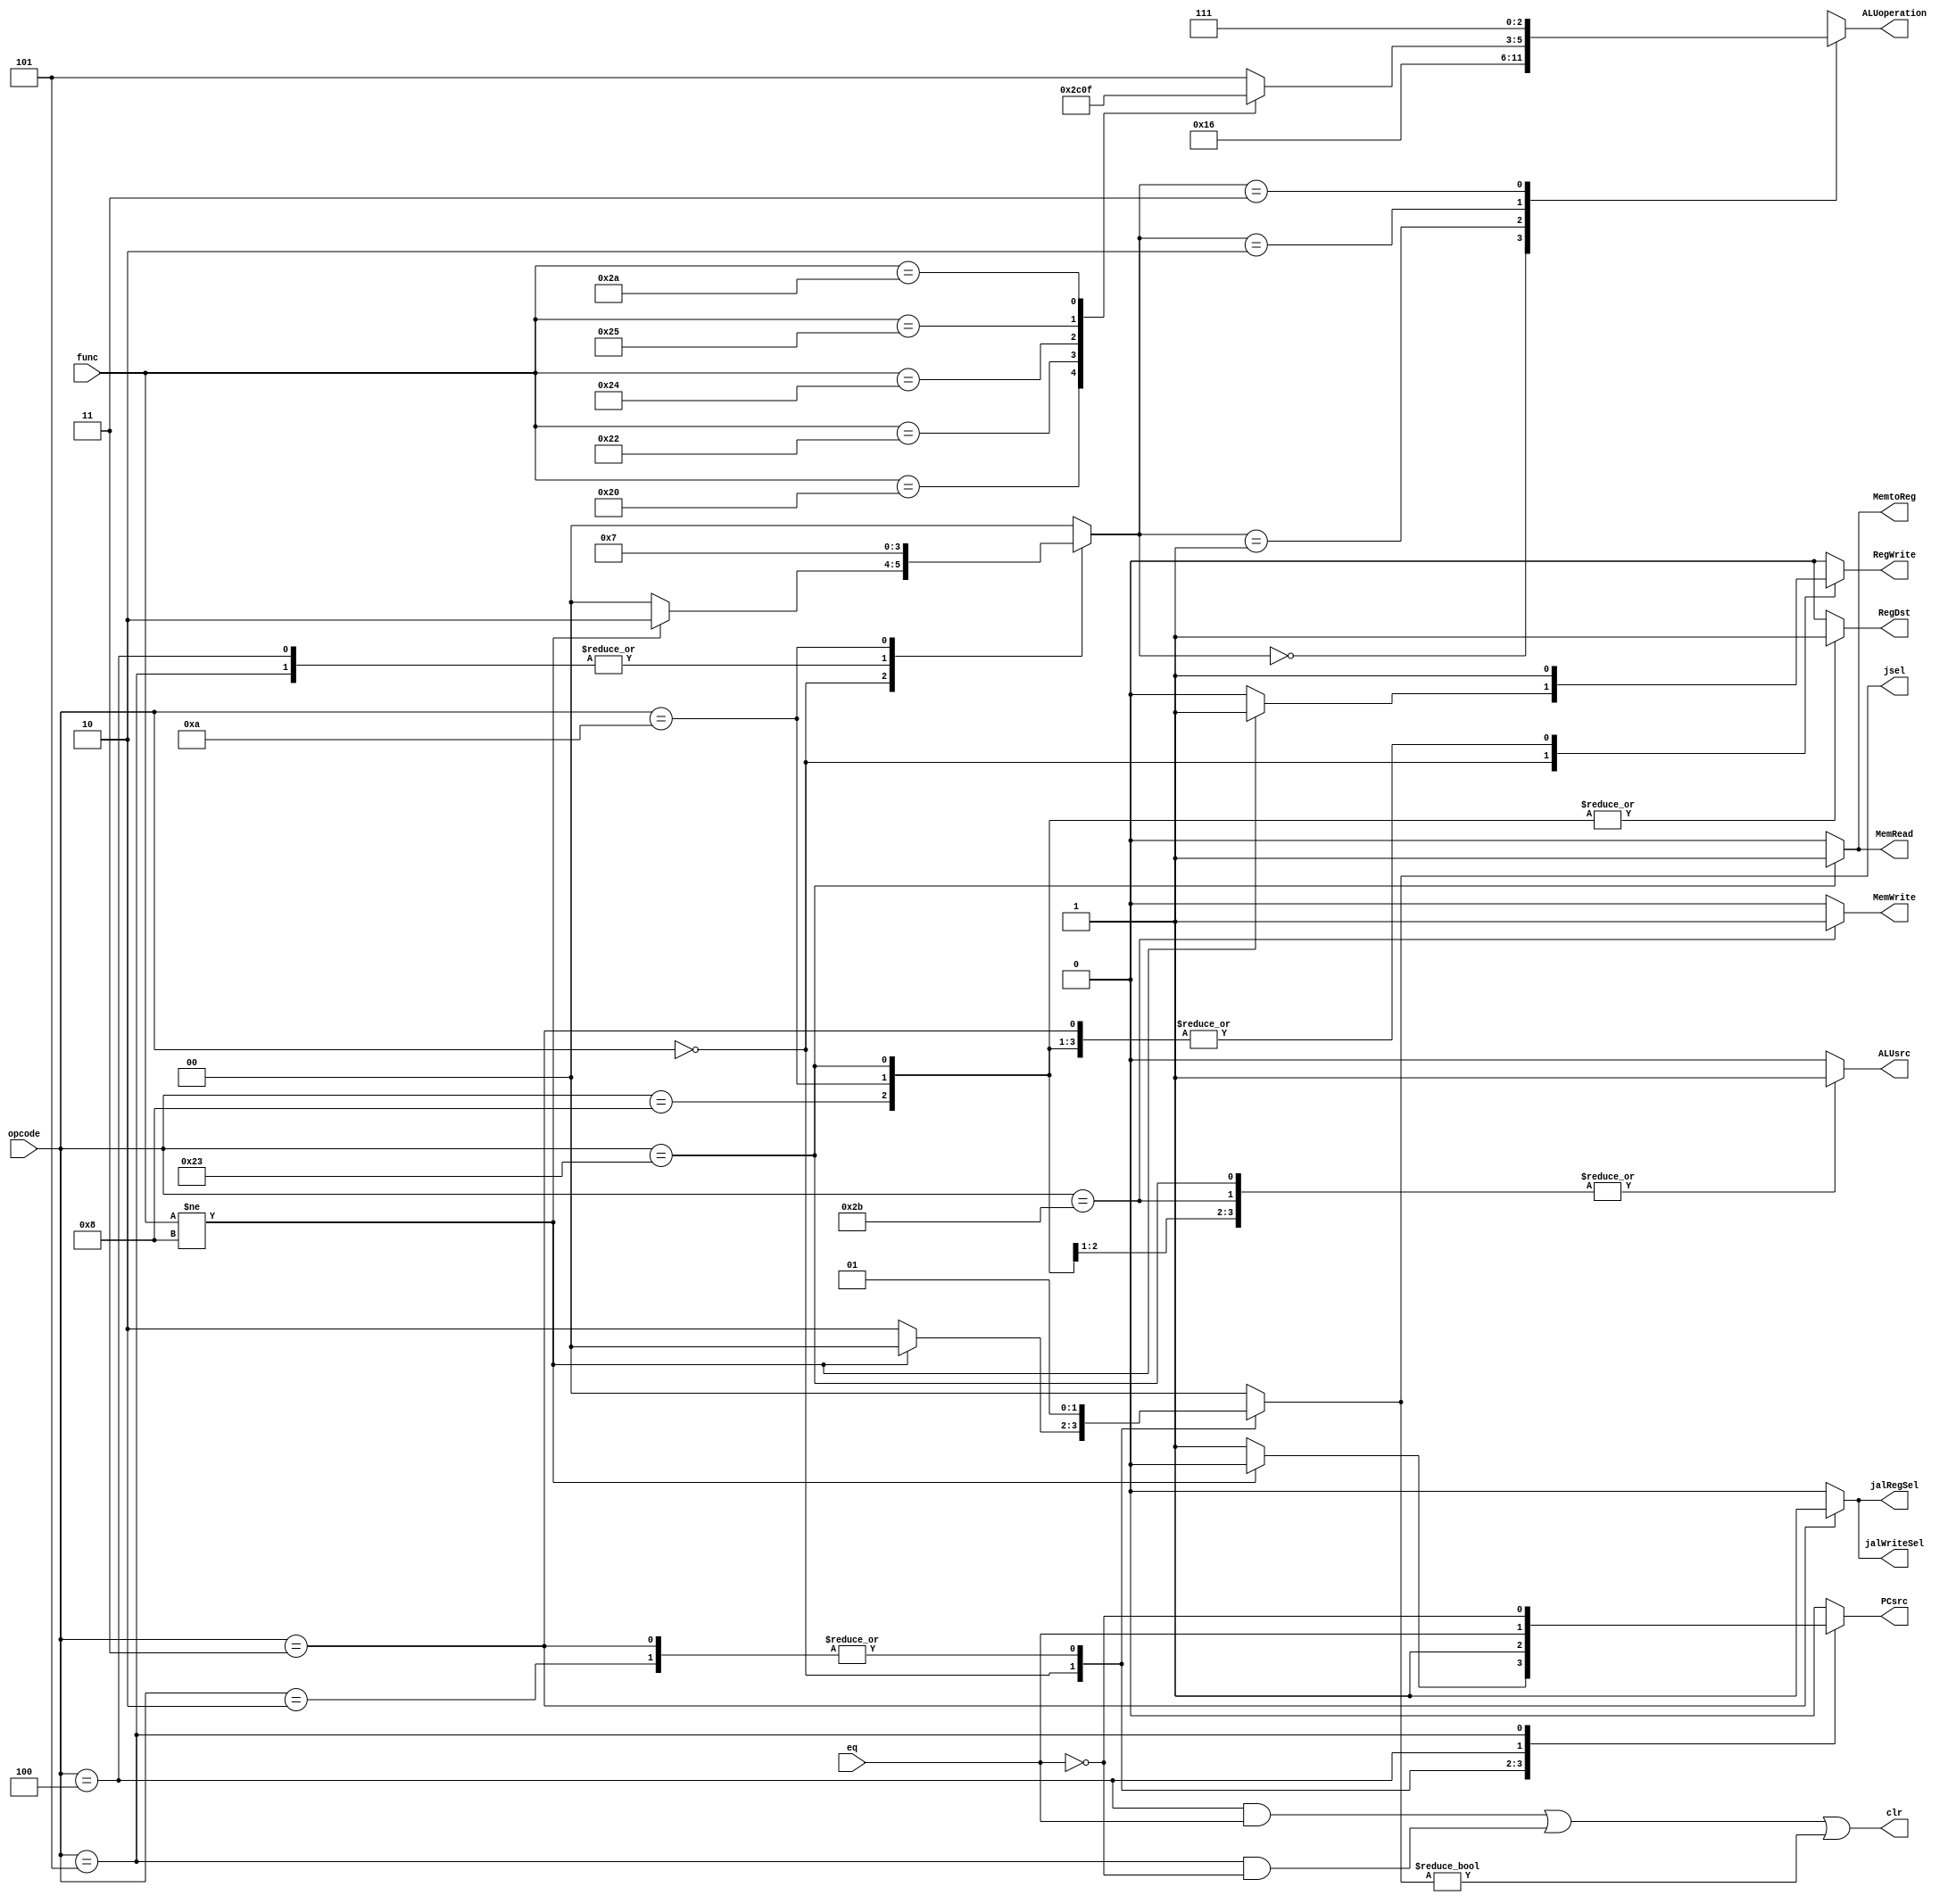
`timescale 1ns/1ns
module Controller(opcode, func, eq, RegDst, ALUsrc, MemWrite, MemRead, MemtoReg, RegWrite, jsel, PCsrc, clr, jalRegSel,jalWriteSel, ALUoperation);
  input[5:0] opcode, func;
  input eq;
  output RegDst,ALUsrc,MemWrite,MemRead,MemtoReg,RegWrite;
  reg RegDst,ALUsrc,MemWrite,MemRead,MemtoReg,RegWrite;
  output[1:0] jsel;
  reg[1:0] jsel;
  output PCsrc;
  reg PCsrc;
  output clr;
  output jalRegSel, jalWriteSel;
  reg jalRegSel, jalWriteSel;
  output [2:0] ALUoperation;
  reg[2:0] ALUoperation;
  
  reg[1:0] ALUop;
  reg Branch;
  always @(opcode, func, eq)begin
    {RegDst, RegWrite, ALUsrc, MemtoReg, MemWrite, MemRead, Branch, jalRegSel, jalWriteSel, jsel, PCsrc, ALUop} = 15'd0;
    case(opcode)
      6'b000000: begin
        if(func != 6'b001000)begin
          RegWrite = 1'b1;
          ALUop = 2'b10;
        end
        else begin
        jsel = 2'b10;
        PCsrc = 1'b1;
        end
      end
      6'b100011: begin//lw
        {ALUsrc, RegDst, MemRead, MemtoReg, RegWrite} = 5'b11111;
      end
      6'b101011: begin//sw
       {ALUsrc, MemWrite} = 2'b11;
      end
      6'b000010: begin//j
        jsel = 2'b01;
        PCsrc = 1'b1;
      end
      6'b000011: begin//jal
        {RegWrite, jalRegSel, jalWriteSel, PCsrc} = 4'b1111;
        jsel = 2'b01;
      end
      6'b000100: begin//beq
        Branch = 1'b1;
        ALUop = 2'b01;
        PCsrc = eq;
      end
      6'b000101: begin//bne
        Branch = 1'b1;
        ALUop = 2'b01;
        PCsrc = ~eq;
      end
      6'b001000: begin//addi
       {ALUsrc, RegDst, RegWrite} = 3'b111;
      end
      6'b001010: begin//slti
       {ALUsrc, RegDst, RegWrite} = 3'b111;
        ALUop = 2'b11;
      end
    endcase
  end
  
  always@(ALUop,func)begin
    ALUoperation = 3'b101;
    case (ALUop)
      2'b00: begin
        ALUoperation = 3'b010;
      end
      2'b01: begin
        ALUoperation = 3'b110;
      end
      2'b10: begin
        case(func)
        6'b100000: ALUoperation = 3'b010;
        6'b100010: ALUoperation = 3'b110;
        6'b100100: ALUoperation = 3'b000;
        6'b100101: ALUoperation = 3'b001;
        6'b101010: ALUoperation = 3'b111;
        endcase
      end 
      2'b11: begin
        ALUoperation = 3'b111;
      end 
    endcase
  end
  assign clr = ((opcode == 6'b000100) && (eq==1'b1)) || (opcode == 6'b000101 && eq==1'b0) || (jsel != 2'b00);

endmodule